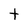
Character: t